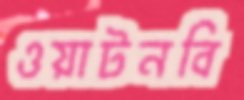
ওয়াটনবি